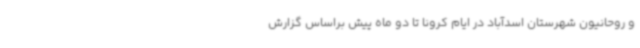
و روحانیون شهرستان اسدآباد در ایام کرونا تا دو ماه پیش براساس گزارش